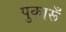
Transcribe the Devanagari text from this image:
पुकारूँ